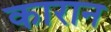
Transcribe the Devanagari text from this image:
कारान